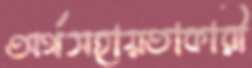
অর্থসহায়তাকারী